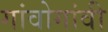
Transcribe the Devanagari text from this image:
गांवोगांवी